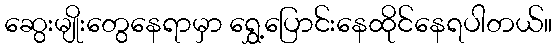
ဆွေးမျိုးတွေနေရာမှာ ရွှေ့ပြောင်းနေထိုင်နေရပါတယ်။